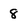
Character: 8